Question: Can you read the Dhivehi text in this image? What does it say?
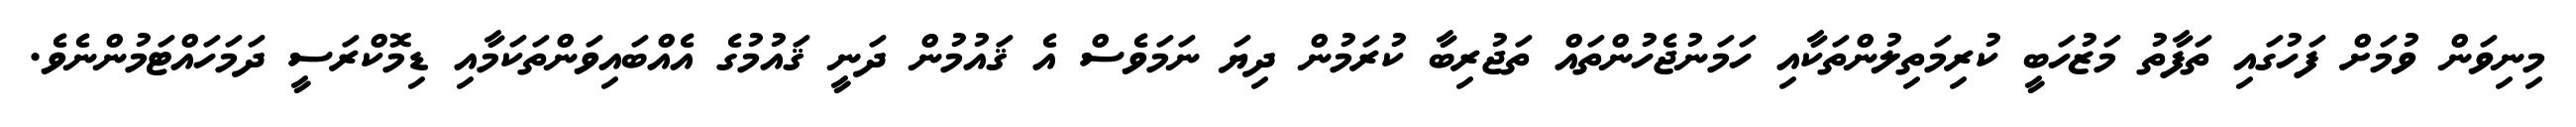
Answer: މިނިވަން ވުމަށް ފަހުގައި ތަފާތު މަޒުހަބީ ކުރިމަތިލުންތަކާއި ހަމަނުޖެހުންތައް ތަޖުރިބާ ކުރަމުން ދިޔަ ނަމަވެސް އެ ޤައުމުން ދަނީ ޤައުމުގެ އެއްބައިވަންތަކަމާއި ޑިމޮކްރަސީ ދަމަހައްޓަމުންނެވެ.